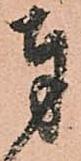
奉